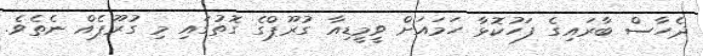
ދެހާސް ބާރައިގެ ފަހުކޮޅާ ހަމައަށް ވީމީޑިއާ ގުރޫޕްގެ ގޮތުގައި މި ގުރޫޕެއް ނެތެވެ.